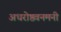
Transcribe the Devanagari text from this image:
अधरोष्ठवनमनी